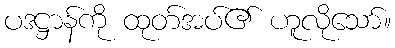
ပဒဋ္ဌာန်ကို ထုတ်အပ်၏ ဟူလိုသော်။